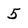
Character: 5